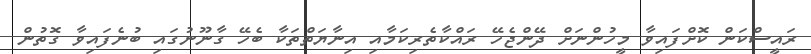
ރައީސްކަން ކޮށްފައިވާ މީހުންނަށް ދޭންޖެހޭ ރައްކާތެރިކަމާއި އިނާޔަތްތަކާ ބެހޭ ގާނޫނުގައި ބުނެފައިވާ ގޮތުން